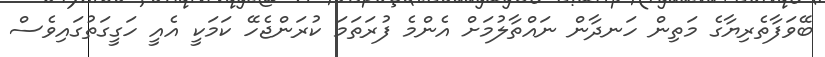
ބޭވަފާތެރިޔާގެ މަތިން ހަނދާން ނައްތާލުމަށް އެންމެ ފުރަތަަމަ ކުރަންޖެހޭ ކަަމަކީ އެއީ ހަގީގަތުގައިވެސް